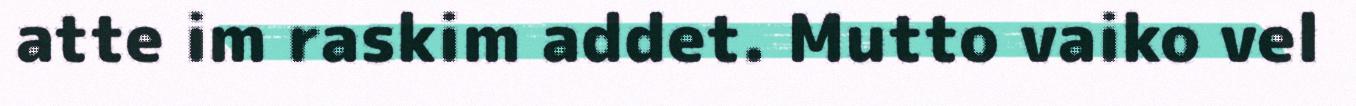
atte im raskim addet. Mutto vaiko vel